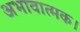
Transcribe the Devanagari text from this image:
अभावात्मक।